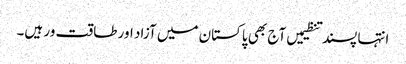
انتہا پسند تنظیمیں آج بھی پاکستان میں آزاد اور طاقت ور ہیں۔